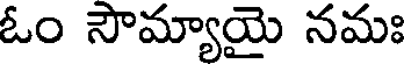
ఓం సౌమ్యాయై నమః